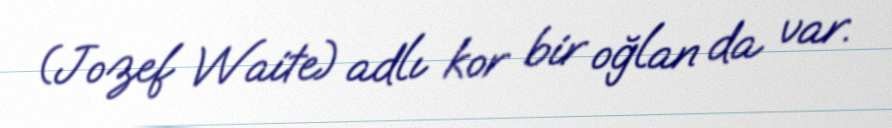
(Jozef Waite) adlı kor bir oğlan da var.